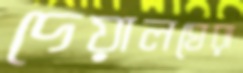
দেয়ালঘেরা